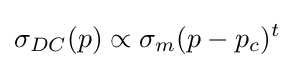
\sigma _{DC}(p)\propto \sigma _{m}(p-p_{c})^{t}